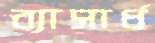
ব্যাসার্ধ